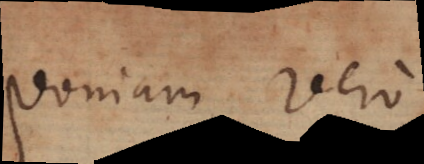
Quoniam vero